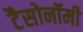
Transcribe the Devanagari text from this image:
टैसोनॉमी